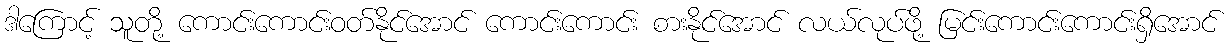
ဒါကြောင့် သူတို့ ကောင်းကောင်းဝတ်နိုင်အောင် ကောင်းကောင်း စားနိုင်အောင် လယ်လုပ်ဖို့ မြင်းကောင်းကောင်းရှိအောင်